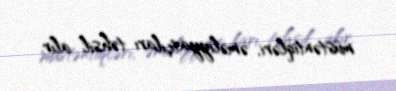
müstəntiqləri, əməliyyatçıları təhsil alır.